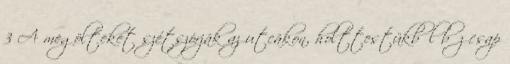
3 A megölteket szétszórják az utcákon, holttestükből bűz csap